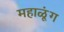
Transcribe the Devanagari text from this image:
महाळूंग